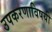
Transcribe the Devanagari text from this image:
उपकरणाविषयी